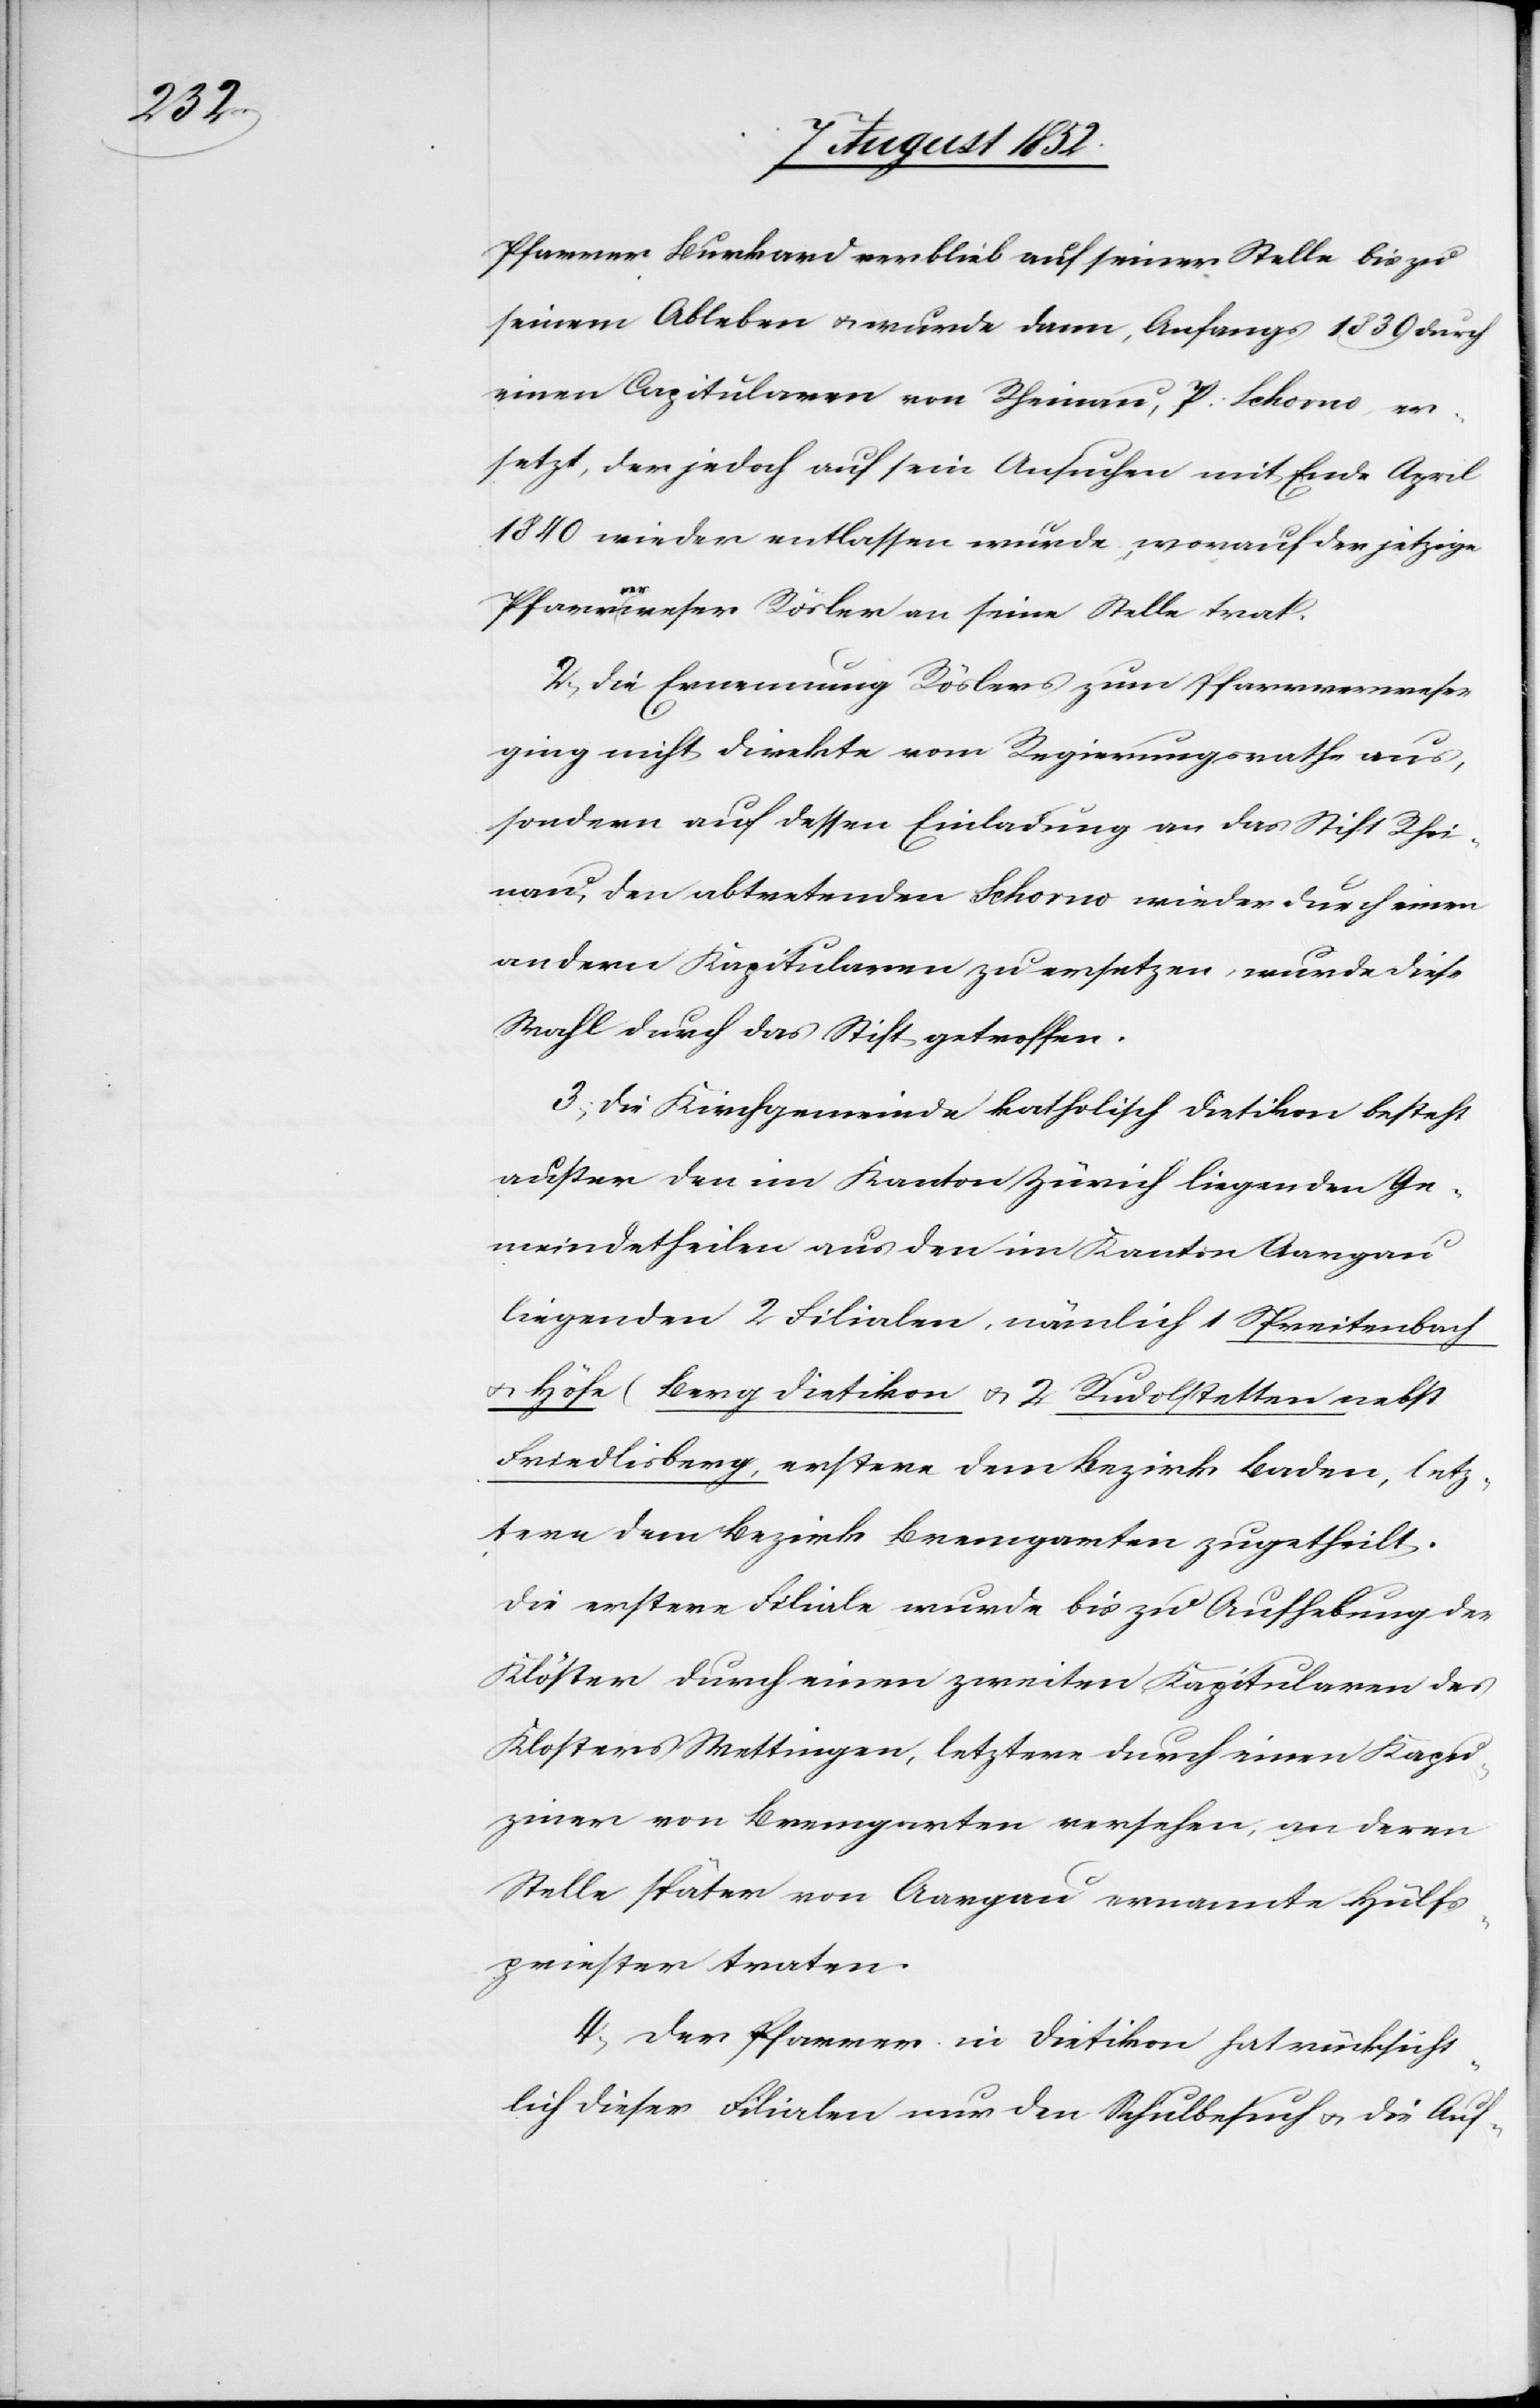
Pfarrer Burkard verblieb auf seiner Stelle bis zu
seinem Ableben & wurde dann, Anfangs 1839 durch
einen Capitularen von Rheinau, P. Schorno, er¬
setzt, der jedoch auf sein Ansuchen mit Ende April
1840 wieder entlassen wurde, worauf der jetzige
Pfarrverweser Rösler an seine Stelle trat.
2, Die Ernennung Röslers zum Pfarrverweser
ging nicht direkte vom Regierungsrathe aus,
sondern auf dessen Einladung an das Stift Rhei¬
nau, den abtretenden Schorno wieder durch einen
andern Kapitularen zu ersetzen, wurde diese
Wahl durch das Stift getroffen.
3, Die Kirchgemeinde katholisch Dietikon besteht
außer den im Kanton Zürich liegenden Ge¬
meindetheilen aus den im Kanton Aargau
liegenden 2 Filialen, nämlich 1 Spreitenbach
& Höfe (Berg Dietikon[)] & 2 Rudolstetten nebst
Friedlisberg, erstere dem Bezirk Baden, letz¬
tere dem Bezirk Bremgarten zugetheilt.
Die erstere Filiale wurde bis zu Aufhebung der
Klöster durch einen zweiten Kapitularen des
Klosters Wettingen, letztere durch einen Kapu¬
ziner von Bremgarten versehen, an deren
Stelle später von Aargau ernannte Hülfs¬
priester traten.
4, Der Pfarrer in Dietikon hat rücksicht¬
lich dieser Filialen nur den Schulbesuch & die Auf-